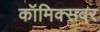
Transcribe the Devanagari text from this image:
कॉमिक्सवर